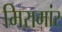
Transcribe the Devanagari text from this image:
मिरामांर